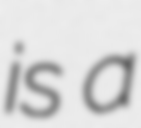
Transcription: is a